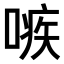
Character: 𠹋